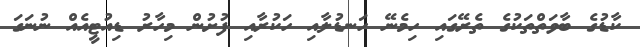
ކާޑުގެ ބާވަތްތަކުގެ ތެރޭގައި ހިމެނޭ ހަނޑުލާއި ހަކުރާއި ފުށުން މިހާރު ޑިއުޓީއެއް ނުނަގަ